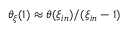
\theta _ { \xi } ( 1 ) \approx \theta ( \xi _ { i n } ) / ( \xi _ { i n } - 1 )